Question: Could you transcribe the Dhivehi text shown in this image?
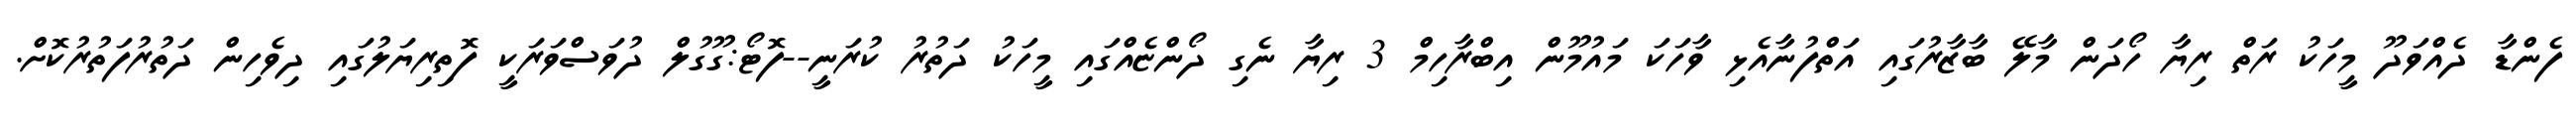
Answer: ފެންޑާ ދެއްވަދޫ މީހަކު ރަތް ރިޔާ ހޯދަން މާލޭ ބާޒާރުގައި އަތްފުނާއެޅި ވާހަކަ މައުމޫން އިބްރާހިމް 3 ރިޔާ ނެގި ދޯންޏެއްގައި މީހަކު ދަތުރު ކުރަނީ--ފޮޓޯ:ގޫގުލް ދުވަސްވަރަކީ ފޮތިރިޔަލުގައި ދިވެހިން ދަތުރުފަތުރުކޮށް.